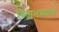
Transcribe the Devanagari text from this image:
चिताभस्माचे